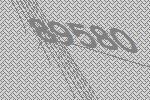
89580